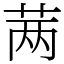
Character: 𬜯